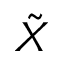
\tilde { X }